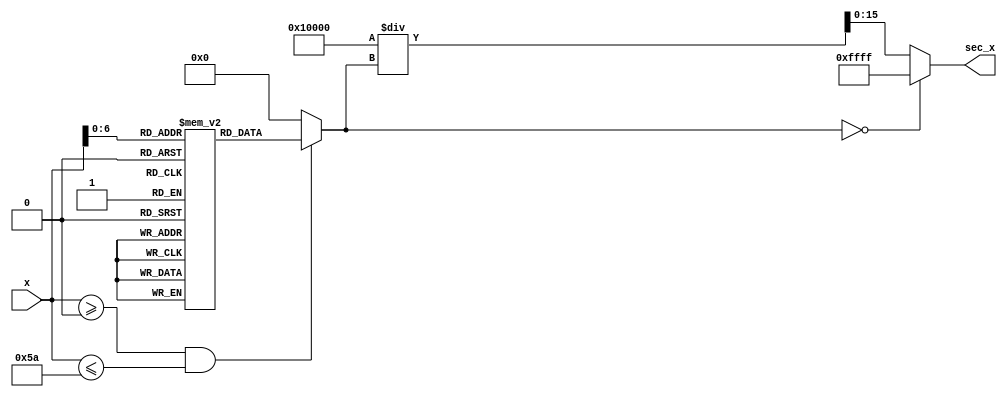
module secant (
    input [15:0] x,        // Input angle in radians (fixed-point representation)
    output reg [15:0] sec_x // Output secant value (fixed-point representation)
);

    // Lookup table for cos(x) values (in fixed-point representation)
    reg [15:0] cos_lut [0:90]; // Cosine values for 0 to 90 degrees

    // Initialize the cosine lookup table
    initial begin
        cos_lut[0]   = 16'h1000; // cos(0) = 1 (fixed-point)
        cos_lut[1]   = 16'h0FFF; // cos(1)
        cos_lut[2]   = 16'h0FFC; // cos(2)
        // ... Fill in with appropriate values...
        cos_lut[90]  = 16'h0000; // cos(90) = 0
    end

    wire [15:0] cos_x;
    wire [15:0] cos_x_inv;

    // Calculate cos(x) using lookup table
    assign cos_x = (x >= 16'h0000 && x <= 16'h005A) ? cos_lut[x[7:0]] : 16'h0000; // Use LUT for 0 to 90 degrees

    always @(*) begin
        if (cos_x == 16'h0000) begin
            // Handle division by zero case
            sec_x = 16'hFFFF; // Undefined value (error code or max value)
        end else begin
            // Calculate secant: sec(x) = 1 / cos(x)
            sec_x = (1 << 16) / cos_x; // Assuming fixed-point format where 1 is represented as 16'h10000
        end
    end

endmodule